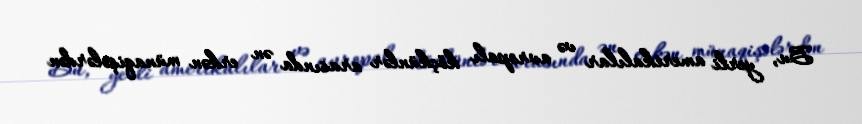
Bu, yerli amerikalılar və avropalı köçkünlər arasında ən erkən münaqişələrdən